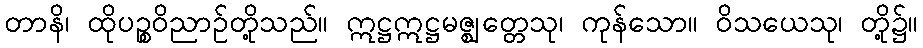
တာနိ၊ ထိုပဉ္စဝိညာဉ်တို့သည်။ ဣဋ္ဌဣဋ္ဌမဇ္ဈတ္တေသု၊ ကုန်သော။ ဝိသယေသု၊ တို့၌။